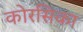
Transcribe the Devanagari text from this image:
कोरसिका